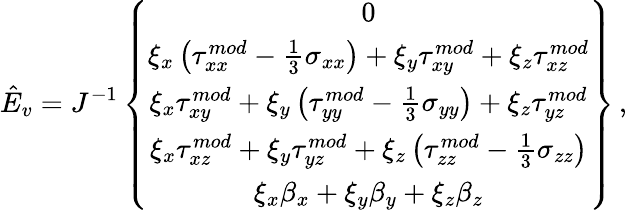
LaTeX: \hat{E}_{v}=J^{-1}\left\{ \begin{array}{c}{0}\\ {\xi_{x}\left({\tau}_{xx}^{mod}-\frac{1}{3}\sigma_{xx}\right)+\xi_{y}{\tau}_{xy}^{mod}+\xi_{z}{\tau}_{xz}^{mod}}\\ {\xi_{x}{\tau}_{xy}^{mod}+\xi_{y}\left({\tau}_{yy}^{mod}-\frac{1}{3}\sigma_{yy}\right)+\xi_{z}{\tau}_{yz}^{mod}}\\ {\xi_{x}{\tau}_{xz}^{mod}+\xi_{y}{\tau}_{yz}^{mod}+\xi_{z}\left({\tau}_{zz}^{mod}-\frac{1}{3}\sigma_{zz}\right)}\\ {\xi_{x}{\beta}_{x}+\xi_{y}{\beta}_{y}+\xi_{z}{\beta}_{z}}\end{array}\right\} \, \mathrm{,}